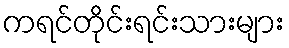
ကရင်တိုင်းရင်းသားများ